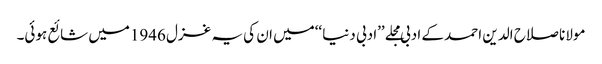
مولانا صلاح الدین احمد کے ادبی مجلے ’’ادبی دنیا ‘‘میں ان کی یہ غزل 1946میں شائع ہوئی۔